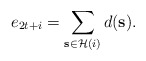
\begin{align*}e_{2t+i} = \sum_{\mathbf{s} \in \mathcal{H}(i)}d(\mathbf{s}).\end{align*}